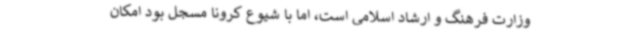
وزارت فرهنگ و ارشاد اسلامی است، اما با شیوع کرونا مسجل بود امکان